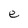
Character: e